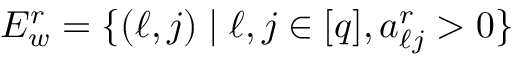
E _ { w } ^ { r } = \{ ( \ell , j ) \mid \ell , j \in [ q ] , a _ { \ell j } ^ { r } > 0 \}